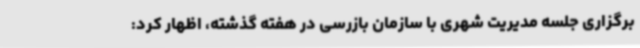
برگزاری جلسه مدیریت شهری با سازمان بازرسی در هفته گذشته، اظهار کرد: